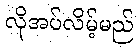
လိုအပ်လိမ့်မည်